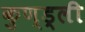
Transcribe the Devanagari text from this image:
कुण्ड्ली